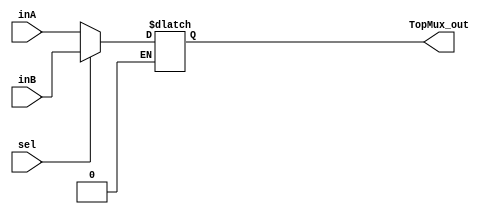
`timescale 1ns / 1ps

////////////////////////////////////////////////////////////////////////////////
// ECE369 - Computer Architecture
// 
// Module - Mux32Bit2To1.v
// Description - Performs signal multiplexing between 2 32-Bit words.
////////////////////////////////////////////////////////////////////////////////

module TopMux(TopMux_out, inA, inB, sel);

    output reg [31:0] TopMux_out;
    
    input [31:0] inA;
    input [31:0] inB;
    input sel;

    /* Fill in the implementation here ... */ 
    always@(sel,inA,inB) begin
        if (sel==0) begin
            TopMux_out<=inA;
        end
        else if (sel==1) begin
            TopMux_out<=inB;
        end
    end
endmodule

/*`timescale 1ns / 1ps

////////////////////////////////////////////////////////////////////////////////
// ECE369 - Computer Architecture
// 
// Module - Mux32Bit2To1.v
// Description - Performs signal multiplexing between 2 32-Bit words.
////////////////////////////////////////////////////////////////////////////////

module TopMux(out, ReadData1_out, ReadData2_out,ALUResult_out,WriteData, newMux1,ForwardA_signal);

    output reg [31:0] out;
    
    input [31:0] ReadData1_out,ALUResult_out,WriteData;
    input [31:0] ReadData2_out;
    input newMux1;
    input[1:0] ForwardA_signal;


    always@(ReadData1_out, ReadData2_out,ALUResult_out,WriteData, newMux1,ForwardA_signal) begin
        if(ForwardA_signal==2'b00) begin
            if(newMux1==1) begin
                out<=ReadData1_out;
            end
            else if (newMux1==0) begin
                out<=ReadData2_out;
            end
        end
        
        else if (ForwardA_signal==2'b10) begin
            out<=ALUResult_out; //EX Mem.Rd
        end
        else if (ForwardA_signal==2'b01) begin
            out<=WriteData; //MEM Wb.Rd
        end
        
    end
endmodule
*/